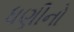
ધણીનો